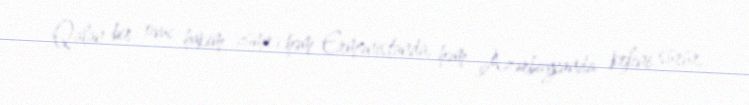
Qalan bir ovuc hakim zümrə həm Ermənistanda, həm Azərbaycanda kefini sürür,